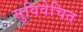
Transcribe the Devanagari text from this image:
सुविवेचित